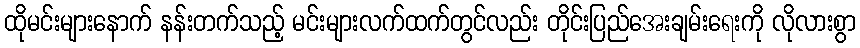
ထိုမင်းများနောက် နန်းတက်သည့် မင်းများလက်ထက်တွင်လည်း တိုင်းပြည်အေးချမ်းရေးကို လိုလားစွာ